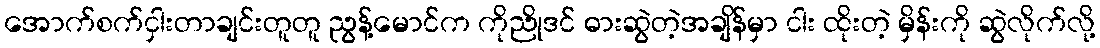
အောက်စက်ငှါးတာချင်းတူတူ ညွန့်မောင်က ကိုညိုဒင် ဓားဆွဲတဲ့အချိန်မှာ ငါး ထိုးတဲ့ မှိန်းကို ဆွဲလိုက်လို့